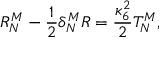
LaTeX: R _ { N } ^ { M } - \frac { 1 } { 2 } \delta _ { N } ^ { M } R = \frac { \kappa _ { 6 } ^ { 2 } } { 2 } T _ { N } ^ { M } ,